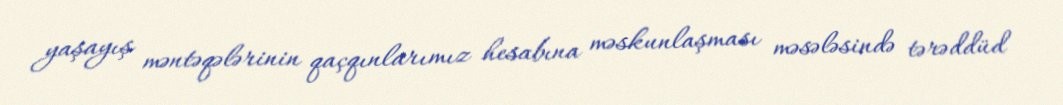
yaşayış məntəqələrinin qaçqınlarımız hesabına məskunlaşması məsələsində tərəddüd